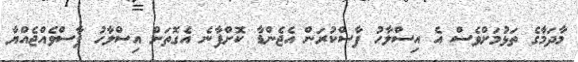
މާދަމާގެ ތަޅުމަށްވެސް އެ އިސްލާހު ފާސްކުރަން އެޖެންޑާ ކޮށްފާނެ އެގޮތަށް އިސްލާހު ފާސްވެއްޖެއްޔާ